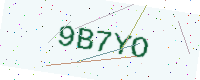
Text: 9B7YO